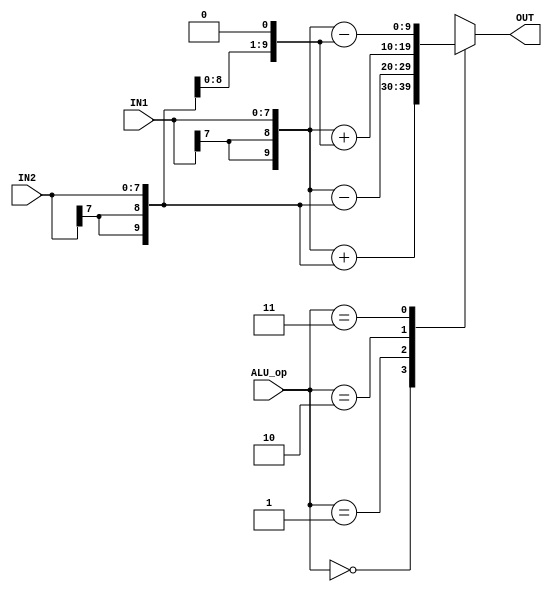
`timescale 1ns / 1ps
//////////////////////////////////////////////////////////////////////////////////
// Company: 
// Engineer: 
// 
// Design Name: 
// Module Name: ALU
// Project Name: 
// Target Devices: 
// Tool Versions: 
// Description: 
// 
// Dependencies: 
// 
// Revision:
// Revision 0.01 - File Created
// Additional Comments:
// 
//////////////////////////////////////////////////////////////////////////////////


module ALU(OUT,IN1,IN2,ALU_op);

output reg [9:0] OUT;
reg [9:0] TEMP1,TEMP2;
input [7:0]IN1,IN2;
input [1:0]ALU_op;

always @(*) begin
    TEMP1={IN1[7],IN1[7],IN1};
    TEMP2={IN2[7],IN2[7],IN2};
    case(ALU_op)
        2'b00: OUT=TEMP1+TEMP2;
        2'b01: OUT=TEMP1-TEMP2;
        2'b10: OUT=TEMP1+(TEMP2<<1);
        2'b11: OUT=TEMP1-(TEMP2<<1);
    endcase
end

endmodule